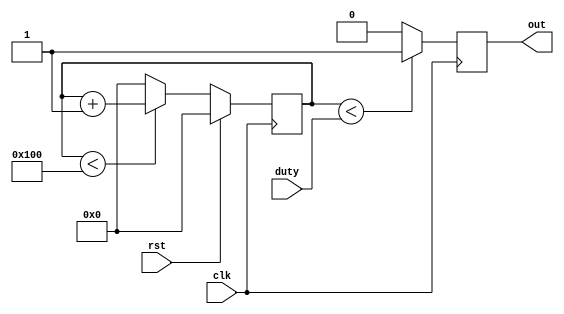
`timescale 1ns / 1ps
module pwm#(parameter r=8)(out,duty,rst,clk);
output reg out;
input [r-1:0]duty;
input rst,clk;
reg[r-1:0]counter;
integer count=2**r;
always@(posedge clk)
begin
if(rst)
counter<=0;
else if(counter<count)
counter<=counter+1;
else
counter<=0;
end
always @(posedge clk) begin
if (counter < duty)
out<=1;
else
out<=0;
end
endmodule